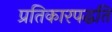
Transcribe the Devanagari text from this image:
प्रतिकारपद्धति